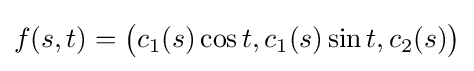
f(s,t)={\big (}c_{1}(s)\cos t,c_{1}(s)\sin t,c_{2}(s){\big )}